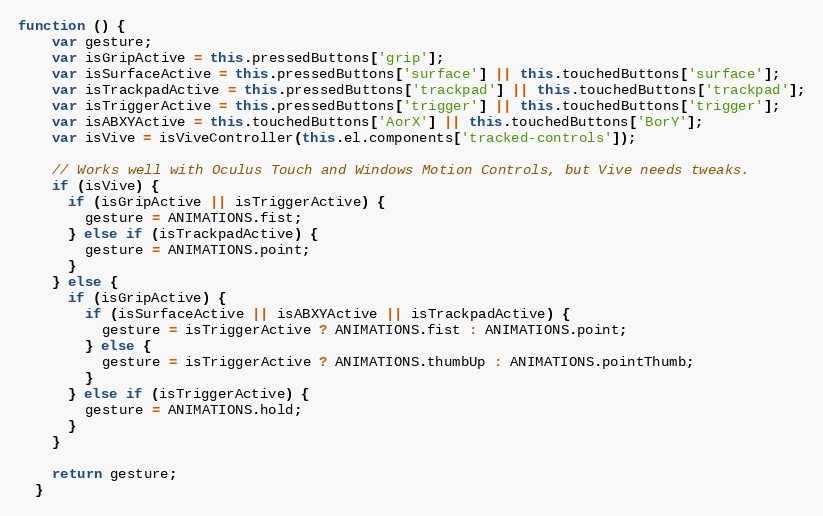
Language: JavaScript
function () {
    var gesture;
    var isGripActive = this.pressedButtons['grip'];
    var isSurfaceActive = this.pressedButtons['surface'] || this.touchedButtons['surface'];
    var isTrackpadActive = this.pressedButtons['trackpad'] || this.touchedButtons['trackpad'];
    var isTriggerActive = this.pressedButtons['trigger'] || this.touchedButtons['trigger'];
    var isABXYActive = this.touchedButtons['AorX'] || this.touchedButtons['BorY'];
    var isVive = isViveController(this.el.components['tracked-controls']);

    // Works well with Oculus Touch and Windows Motion Controls, but Vive needs tweaks.
    if (isVive) {
      if (isGripActive || isTriggerActive) {
        gesture = ANIMATIONS.fist;
      } else if (isTrackpadActive) {
        gesture = ANIMATIONS.point;
      }
    } else {
      if (isGripActive) {
        if (isSurfaceActive || isABXYActive || isTrackpadActive) {
          gesture = isTriggerActive ? ANIMATIONS.fist : ANIMATIONS.point;
        } else {
          gesture = isTriggerActive ? ANIMATIONS.thumbUp : ANIMATIONS.pointThumb;
        }
      } else if (isTriggerActive) {
        gesture = ANIMATIONS.hold;
      }
    }

    return gesture;
  }